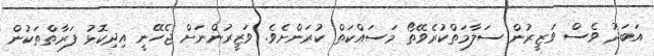
އަބަދު ވެސް ވަޒީރުން ސަލާމަތްކުރެވޭތޯ މަސައްކަތް ކުރަންށެވެ. ވަޒީރުންނަށް ޖެހޭނީ އިދިކޮޅު ފަރާތްތަކުން